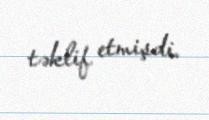
təklif etmişdi.